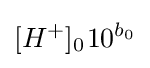
[H^{+}]_{0^{}}10^{b_{0}}